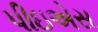
પીઇએસ